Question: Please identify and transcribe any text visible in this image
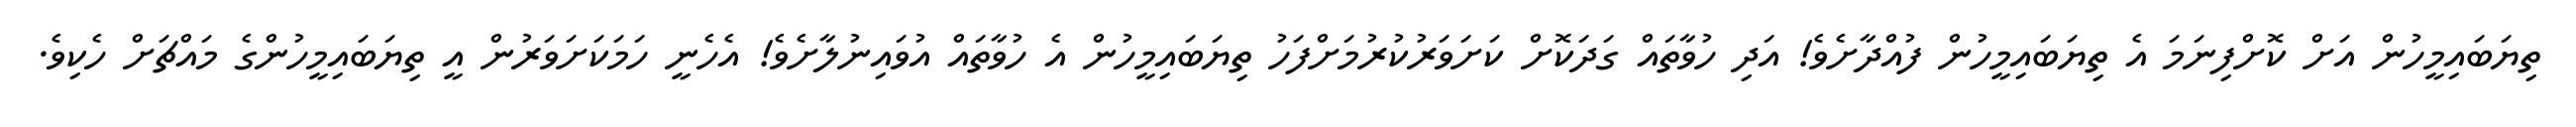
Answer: ތިޔަބައިމީހުން އަށް ކޮށްފިނަމަ އެ ތިޔަބައިމީހުން ފުއްދާށެވެ! އަދި ހުވާތައް ގަދަކޮށް ކަށަވަރުކުރުމަށްފަހު ތިޔަބައިމީހުން އެ ހުވާތައް އުވައިނުލާށެވެ! އެހެނީ ހަމަކަށަވަރުން އީ ތިޔަބައިމީހުންގެ މައްޗަށް ހެކިވެ.